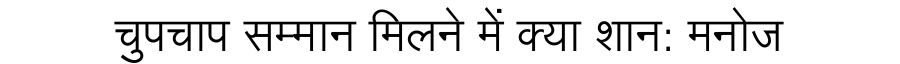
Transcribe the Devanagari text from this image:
चुपचाप सम्मान मिलने में क्या शान: मनोज